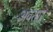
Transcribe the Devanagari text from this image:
अवतार्